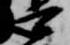
可